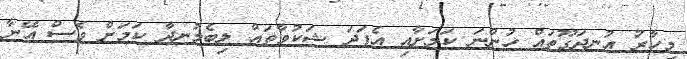
މިހާރު އުނދަގޫތައް ހުންނަ ކަމަށާއި އެފަދަ ޝަކުވާތައް ލިބެމުނދާ ކަމަށް ވެސް އޭނާ